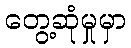
တွေ့ဆုံမှုမှာ